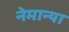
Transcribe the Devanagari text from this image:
नेमान्या